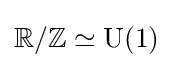
\mathbb {R} /\mathbb {Z} \simeq {\rm {U}}(1)